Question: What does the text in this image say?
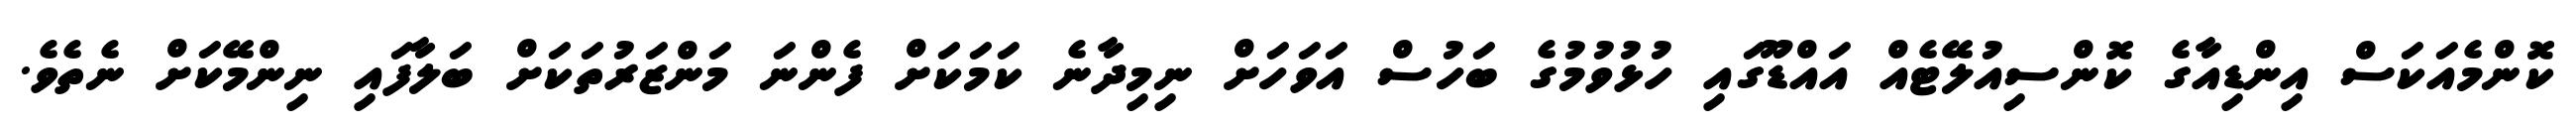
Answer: ކޮންމެއަކަސް އިންޑިއާގެ ކޮންސިއުލޭޓެއް އައްޑޫގައި ހުޅުވުމުގެ ބަހުސް އަވަހަށް ނިމިދާނެ ކަމަކަށް ފެންނަ މަންޒަރުތަކަށް ބަލާފައި ނިންމޭކަށް ނެތެވެ.